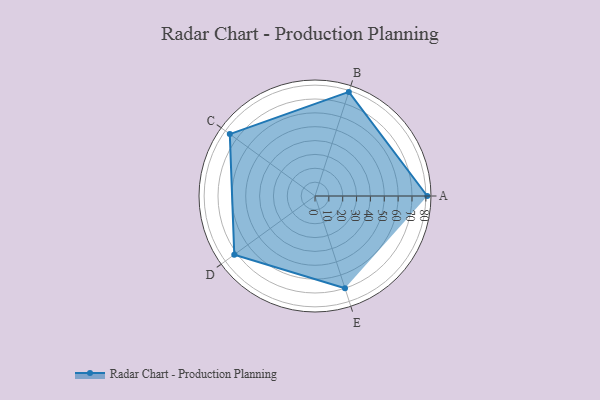
{"axis": {"x": "Skill", "y": "Score"}, "legend": ["Profile"], "data": [{"x": "A", "y": 81.0, "type": "Profile"}, {"x": "B", "y": 79.0, "type": "Profile"}, {"x": "C", "y": 76.0, "type": "Profile"}, {"x": "D", "y": 72.0, "type": "Profile"}, {"x": "E", "y": 70.0, "type": "Profile"}]}